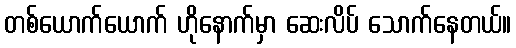
တစ်ယောက်ယောက် ဟိုနောက်မှာ ဆေးလိပ် သောက်နေတယ်။